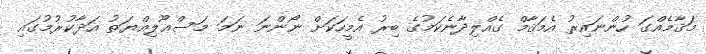
މަޤާމެއްގަ ހުންނައިރު އެމަޤާމް ގެއްލިދާނެކަމުގެ ބިރު އެމީހަކަށް ނޯންނަ ނަމަ މަސްޢޫލިއްޔަތު އަދާކުރުމުގައި